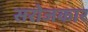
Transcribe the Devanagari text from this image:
सरोजकार